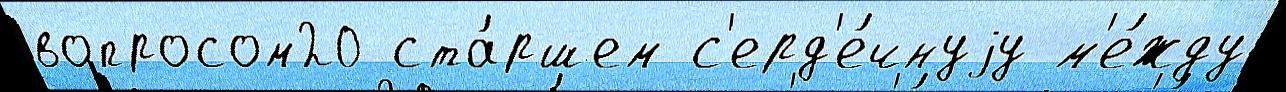
вопросом20 ста́ршем с'ерд'е́чнуjу м'е́жду